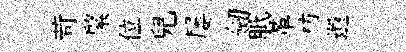
苛綮位兒屡劒胝革枋遺